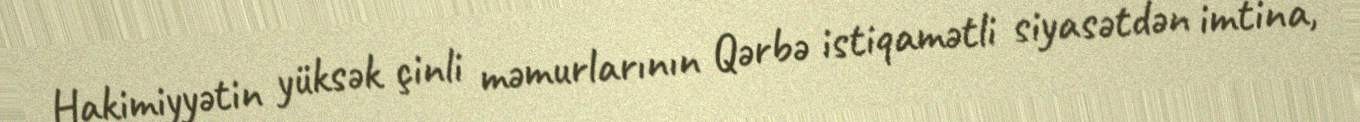
Hakimiyyətin yüksək çinli məmurlarının Qərbə istiqamətli siyasətdən imtina,